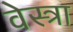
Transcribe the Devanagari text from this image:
वेस्त्रा